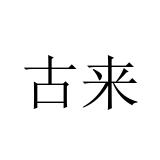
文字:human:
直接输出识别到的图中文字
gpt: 古来